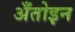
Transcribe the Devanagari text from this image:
अँतोइन